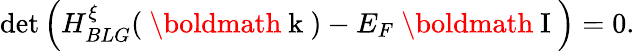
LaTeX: \operatorname*{det}\left(H_{BLG}^{\xi}(\mathrm{~\boldmath~k~})-E_{F}\mathrm{~\boldmath~I~}\right)=0.